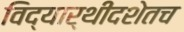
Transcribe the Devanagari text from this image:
विद्यार्थीदशेतच